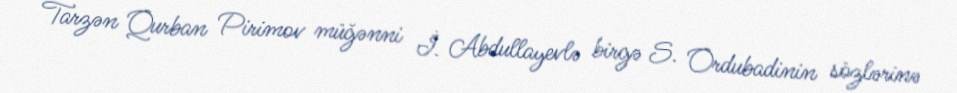
Tarzən Qurban Pirimov müğənni İ. Abdullayevlə birgə S. Ordubadinin sözlərinə